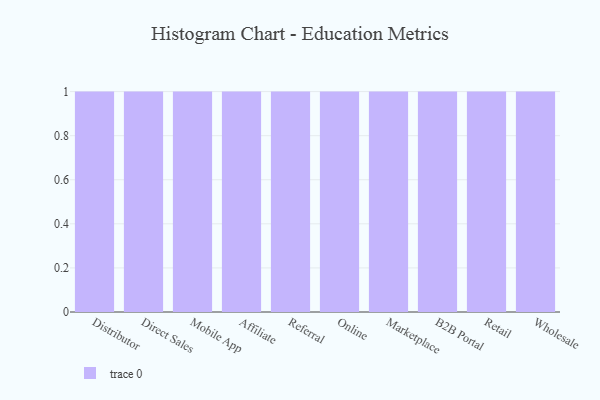
{"axis": {"x": "Channel", "y": "Backlog"}, "legend": [""], "data": [{"x": "Distributor", "y": 13, "type": ""}, {"x": "Direct Sales", "y": 62, "type": ""}, {"x": "Mobile App", "y": 81, "type": ""}, {"x": "Affiliate", "y": 92, "type": ""}, {"x": "Referral", "y": 53, "type": ""}, {"x": "Online", "y": 62, "type": ""}, {"x": "Marketplace", "y": 56, "type": ""}, {"x": "B2B Portal", "y": 79, "type": ""}, {"x": "Retail", "y": 38, "type": ""}, {"x": "Wholesale", "y": 77, "type": ""}]}